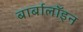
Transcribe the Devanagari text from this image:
बार्बालॉइन